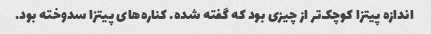
اندازه پیتزا کوچک‌تر از چیزی بود که گفته شده. کناره‌های پیتزا سدوخته بود.